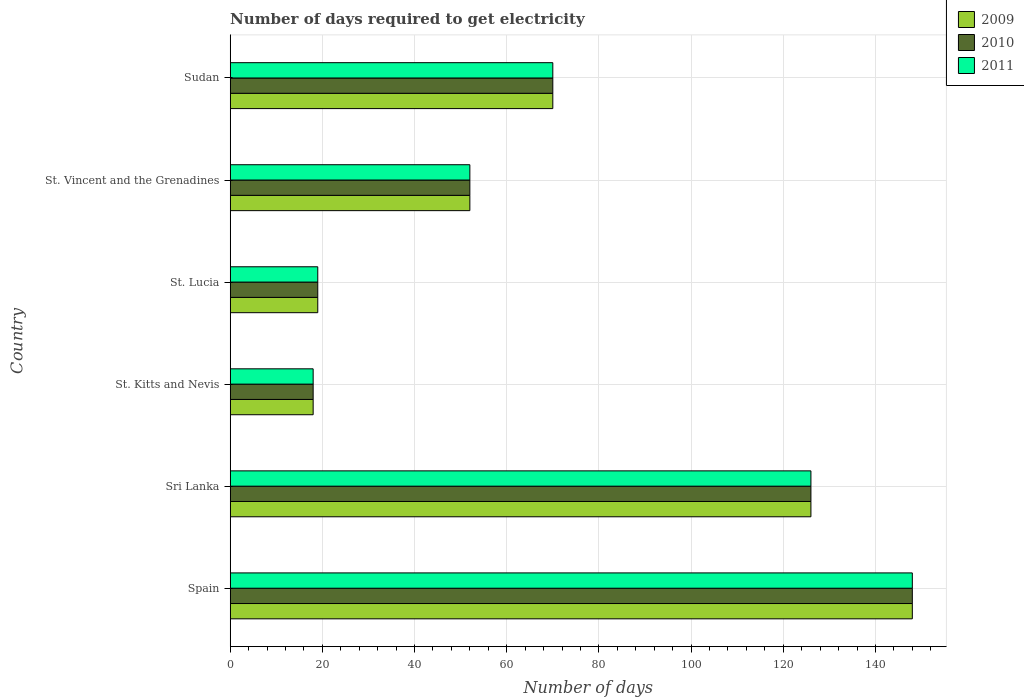
| Country | 2009 | 2010 | 2011 |
 | --- | --- | --- | --- |
 | Spain | 148 | 148 | 148 |
 | Sri Lanka | 126 | 126 | 126 |
 | St. Kitts and Nevis | 18 | 18 | 18 |
 | St. Lucia | 19 | 19 | 19 |
 | St. Vincent and the Grenadines | 52 | 52 | 52 |
 | Sudan | 70 | 70 | 70 |